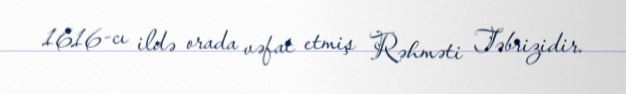
1616-cı ildə orada vəfat etmiş Rəhməti Təbrizidir.